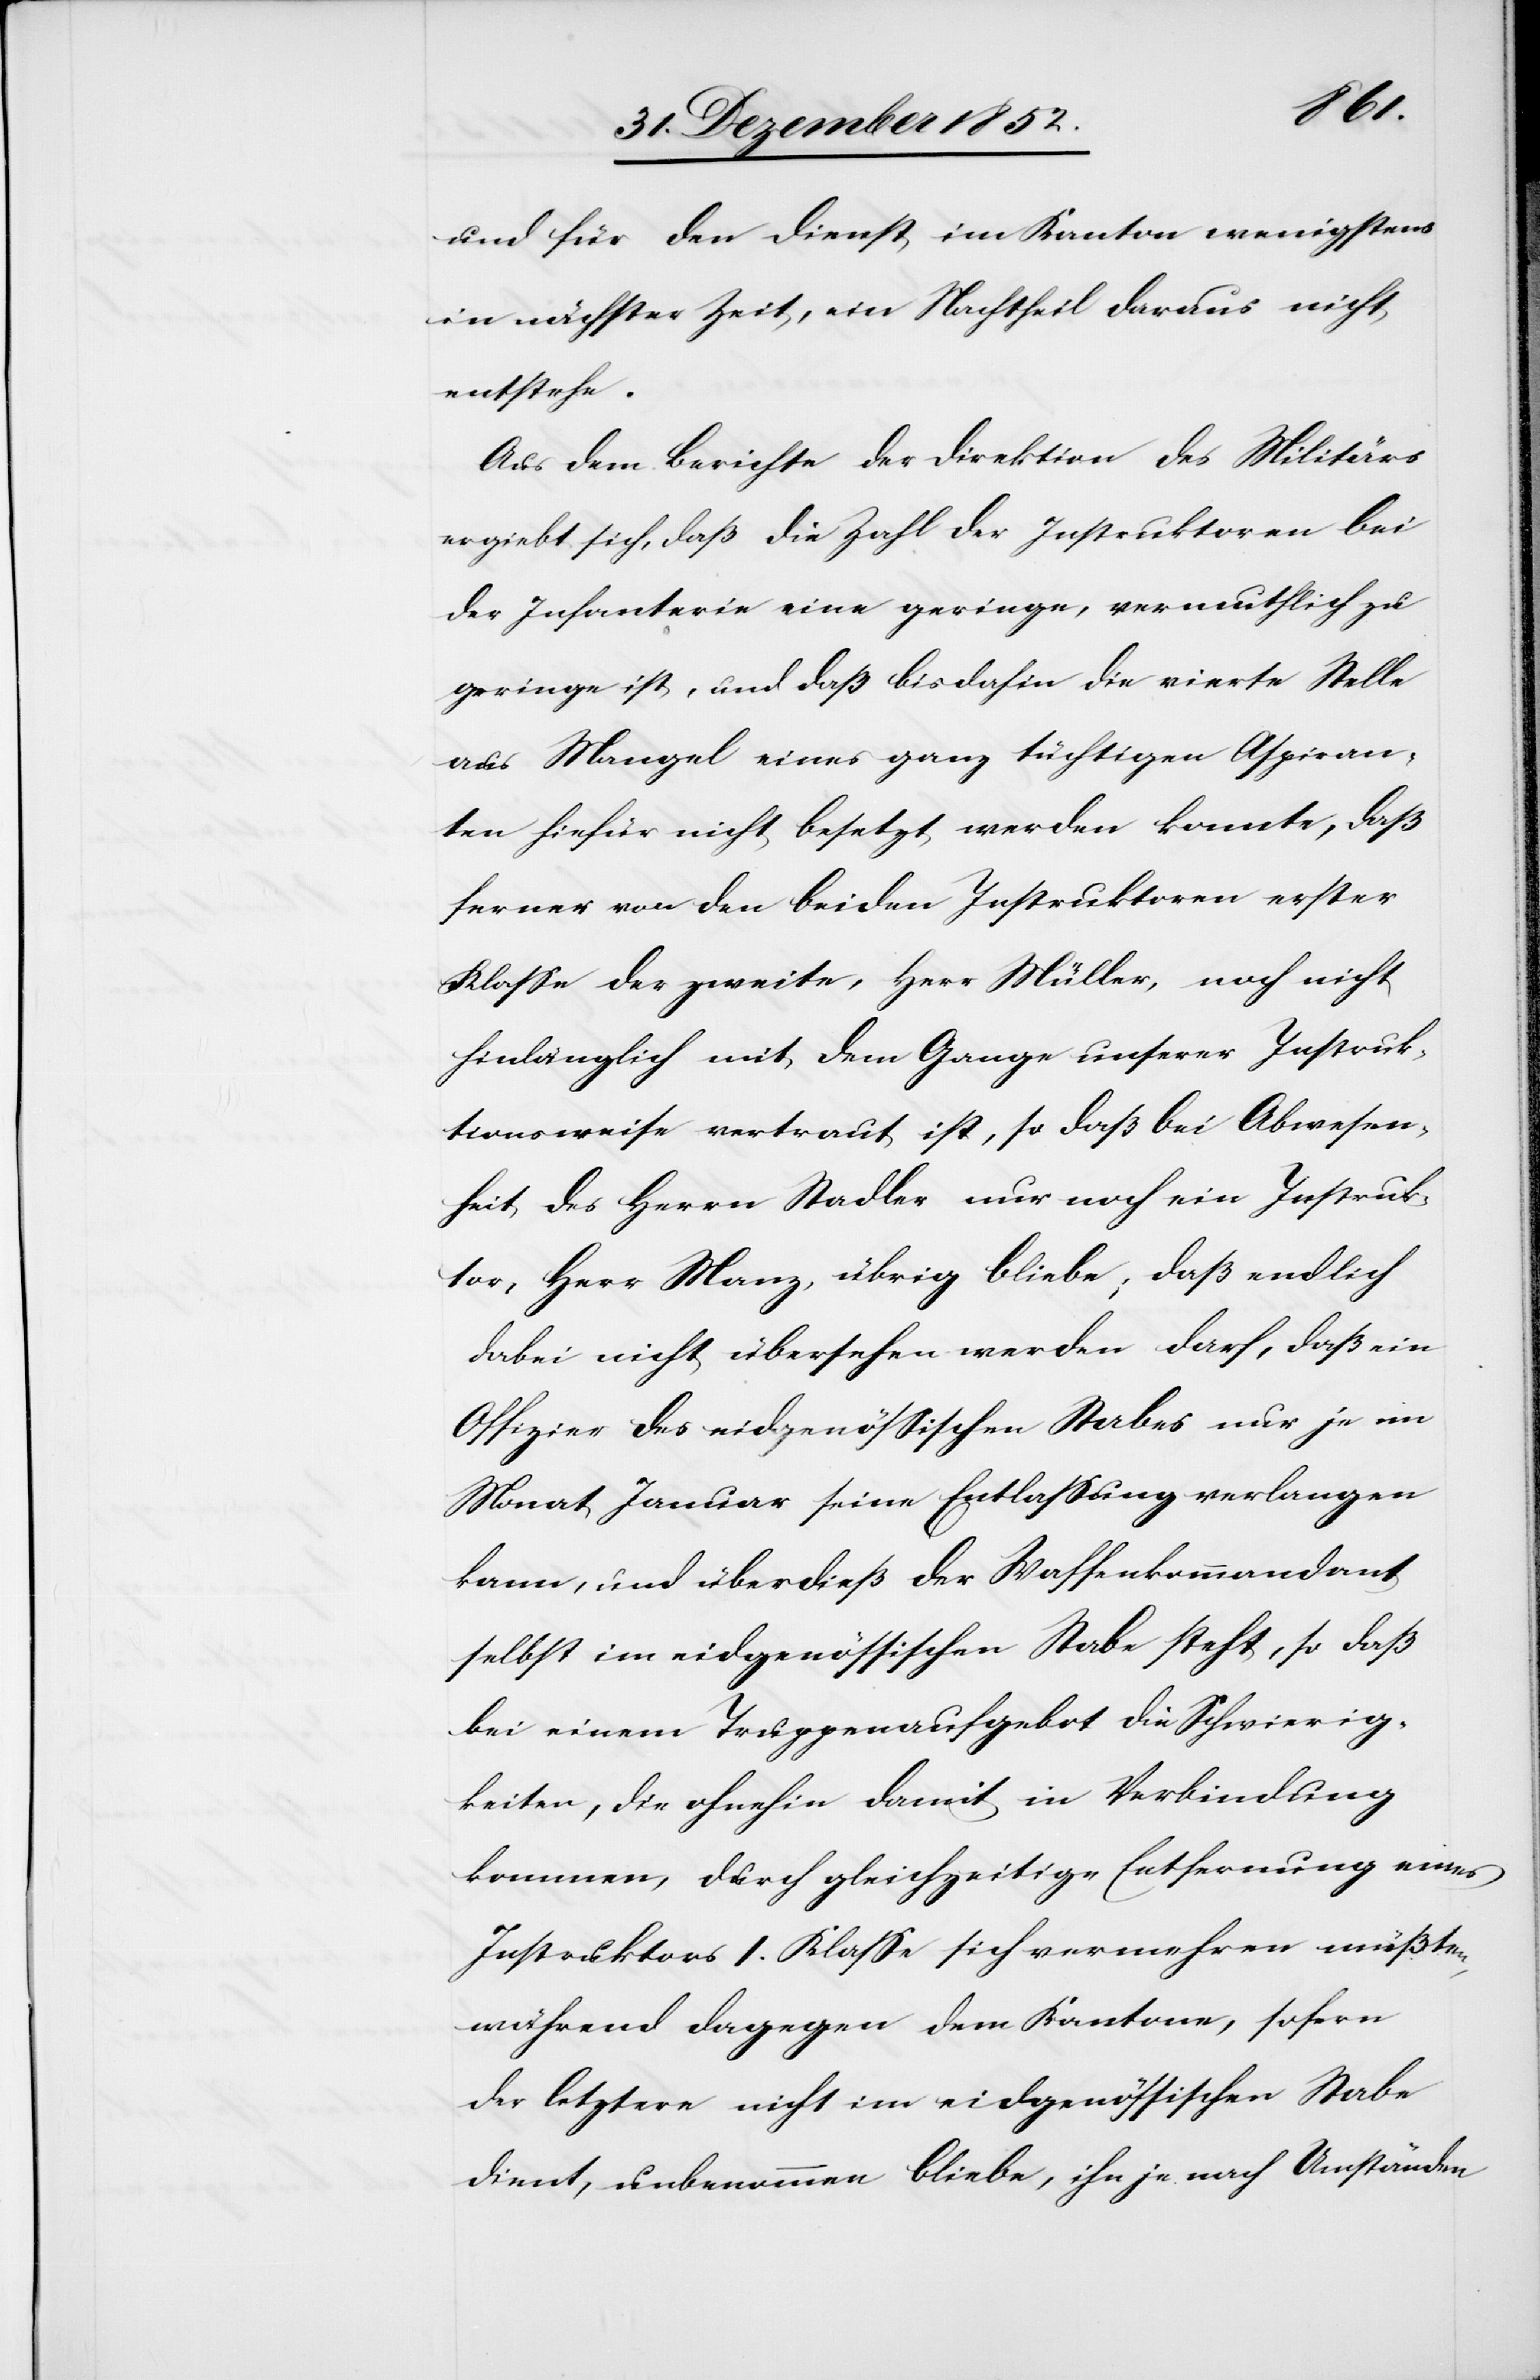
und für den Dienst im Kanton wenigstens
in nächster Zeit, ein Nachtheil daraus nicht
entstehe.
Aus dem Berichte der Direktion des Militärs
ergiebt sich, daß die Zahl der Instruktoren bei
der Infanterie eine geringe, vermuthlich zu
geringe ist, und daß bisdahin die vierte Stelle
aus Mangel eines ganz tüchtigen Aspiran¬
ten hiefür nicht besetzt werden konnte, daß
ferner von den beiden Instruktoren erster
Klasse der zweite, Herr Müller, noch nicht
hinlänglich mit dem Gange unserer Instruk¬
tionsweise vertraut ist, so daß bei Abwesen¬
heit des Herrn Stadler nur noch ein Instruk¬
tor, Herr Manz, übrig bliebe; daß endlich
dabei nicht übersehen werden darf, daß ein
Offizier des eidgenössischen Stabes nur je im
Monat Januar seine Entlassung verlangen
kann, und überdieß der Waffenkommandant
selbst im eidgenössichen Stabe steht, so daß
bei einem Truppenaufgebot die Schwierig¬
keiten, die ohnehin damit in Verbindung
kommen, durch gleichzeitige Entfernung eines
Instruktors 1. Klasse sich vermehren müßten,
während dagegen dem Kantone, sofern
der letztere nicht im eidgenössischen Stabe
dient, unbenommen bliebe, ihn je nach Umständen